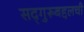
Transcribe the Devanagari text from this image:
सद्‌गुरूबद्दलची